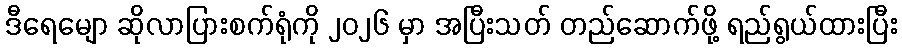
ဒီရေမျော ဆိုလာပြားစက်ရုံကို ၂၀၂၆ မှာ အပြီးသတ် တည်ဆောက်ဖို့ ရည်ရွယ်ထားပြီး